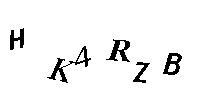
HK4RZB